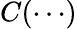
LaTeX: C(\cdots)